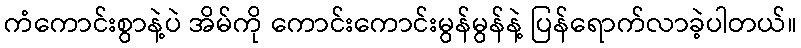
ကံကောင်းစွာနဲ့ပဲ အိမ်ကို ကောင်းကောင်းမွန်မွန်နဲ့ ပြန်ရောက်လာခဲ့ပါတယ်။